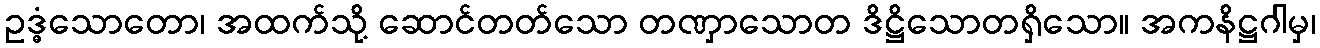
ဥဒ္ဓံသောတော၊ အထက်သို့ ဆောင်တတ်သော တဏှာသောတ ဒိဋ္ဌိသောတရှိသော။ အကနိဋ္ဌဂါမှ၊